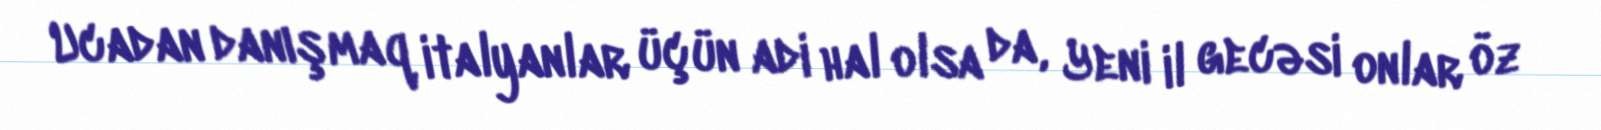
Ucadan danışmaq italyanlar üçün adi hal olsa da, Yeni il gecəsi onlar öz